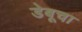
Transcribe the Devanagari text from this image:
डेबूचा